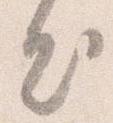
出